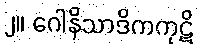
၂။ ဂေါနိသာဒိကကုဋိ